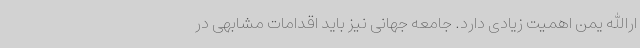
ارالله یمن اهمیت زیادی دارد. جامعه جهانی نیز باید اقدامات مشابهی در